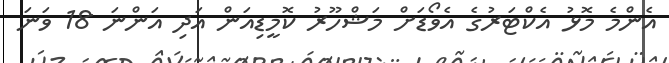
އެންމެ މޮޅު އެކްޓަރުގެ އެވޯޑަށް މަޝްހޫރު ކޮމީޑިއަން އަދި އަންނަ 18 ވަނަ